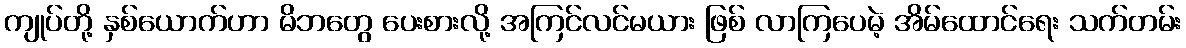
ကျုပ်တို့ နှစ်ယောက်ဟာ မိဘတွေ ပေးစားလို့ အကြင်လင်မယား ဖြစ် လာကြပေမဲ့ အိမ်ထောင်ရေး သက်တမ်း